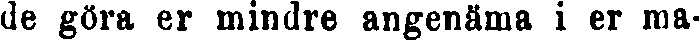
de göra er mindre angenäma i er ma-